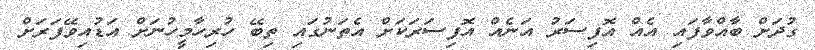
ގުދަށް ބާއްވާފައި އެއް އޮފިސަރު އަނެއް އޮފިސަރަކަށް އެތަނުގައި ތިބޭ ހުރިހާމީހުނަށް އަޑުއިވޭފަރަށް